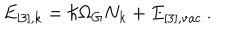
LaTeX: E _ { [ 3 ] , k } = \hbar \Omega _ { G } N _ { k } + E _ { [ 3 ] , \mathrm { v a c . } } .